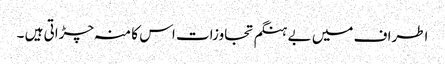
اطراف میں بے ہنگم تجاوزات اس کا منہ چڑاتی ہیں ۔